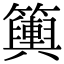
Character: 𥷔